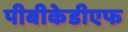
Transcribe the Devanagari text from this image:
पीबीकेडीएफ